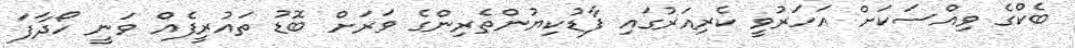
ބެކްގެ ވިއްސަކަށް އަހަރުވީ ކެރިއަރުގައި ފާޑުކިޔުންތެރިންގެ ވަރަށް ބޮޑު ތައުރީފެއް ވަނީ ހޯދާފަ